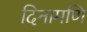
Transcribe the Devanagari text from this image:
दिनामणि